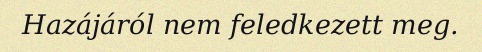
Hazájáról nem feledkezett meg.